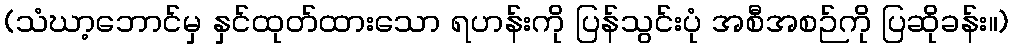
(သံဃာ့ဘောင်မှ နှင်ထုတ်ထားသော ရဟန်းကို ပြန်သွင်းပုံ အစီအစဉ်ကို ပြဆိုခန်း။)